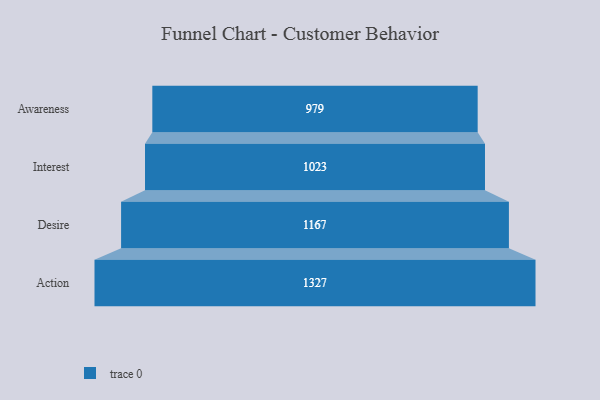
{"axis": {"x": "Stage", "y": "Value"}, "legend": [""], "data": [{"x": "Awareness", "y": 979.0, "type": ""}, {"x": "Interest", "y": 1023.0, "type": ""}, {"x": "Desire", "y": 1167.0, "type": ""}, {"x": "Action", "y": 1327.0, "type": ""}]}